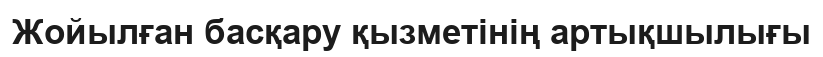
Жойылған басқару қызметінің артықшылығы